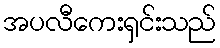
အပလီကေးရှင်းသည်